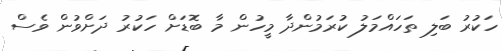
ހަކުރު ބަލި ތަހައްމަލު ކުރަމުންދާ މީހުން މާ ބޮޑަށް ހަކުރު ދަށްވުން ވެސް